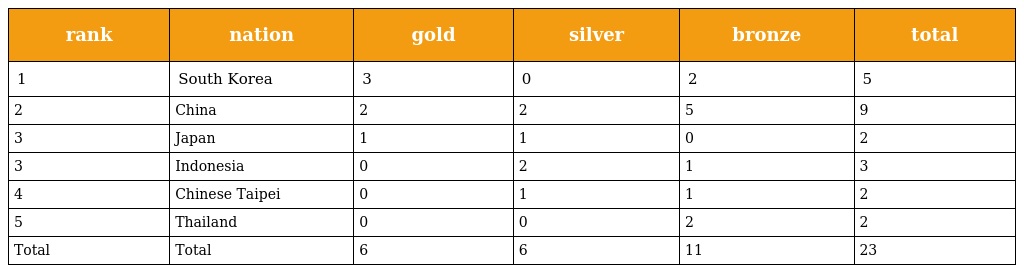
| rank | nation | gold | silver | bronze | total |
 | --- | --- | --- | --- | --- | --- |
 | 1 | South Korea | 3 | 0 | 2 | 5 |
 | 2 | China | 2 | 2 | 5 | 9 |
 | 3 | Japan | 1 | 1 | 0 | 2 |
 | 3 | Indonesia | 0 | 2 | 1 | 3 |
 | 4 | Chinese Taipei | 0 | 1 | 1 | 2 |
 | 5 | Thailand | 0 | 0 | 2 | 2 |
 | Total | Total | 6 | 6 | 11 | 23 |